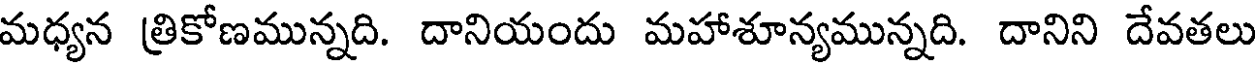
మధ్యన త్రికోణమున్నది. దానియందు మహాశూన్యమున్నది. దానిని దేవతలు